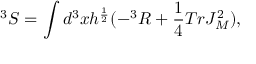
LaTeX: ^ 3 S = \int d ^ { 3 } x h ^ { \frac { 1 } { 2 } } ( - ^ { 3 } R + \frac { 1 } { 4 } T r J _ { M } ^ { 2 } ) ,